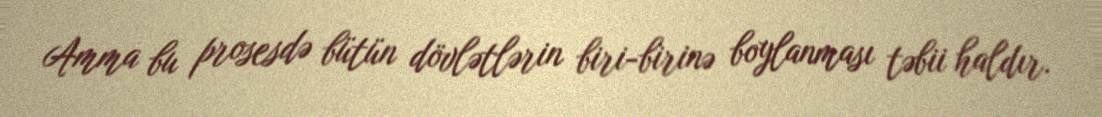
Amma bu prosesdə bütün dövlətlərin biri-birinə boylanması təbii haldır.